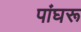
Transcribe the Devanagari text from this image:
पांघरू